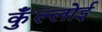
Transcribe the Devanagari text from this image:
कुँल्लोई